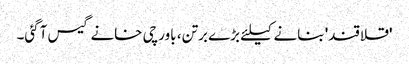
'قلاقند' بنانے کیلئے بڑے برتن، باورچی خانے گیس آگئی۔